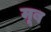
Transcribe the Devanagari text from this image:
मूब